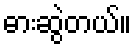
ဓားဆွဲတယ်။